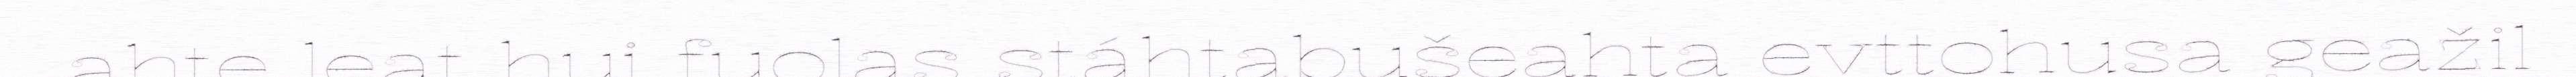
ahte leat hui fuolas stáhtabušeahta evttohusa geažil